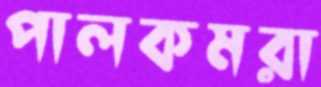
পালকমরা